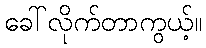
ခေါ်လိုက်တာကွယ့်။